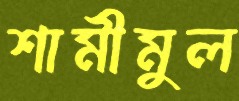
শামীমুল